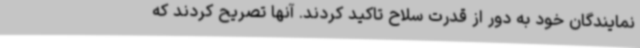
نمایندگان خود به دور از قدرت سلاح تاکید کردند. آنها تصریح کردند که